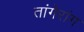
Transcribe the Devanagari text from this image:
तांगेरांग